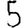
Digit: 5